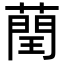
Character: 𦻺